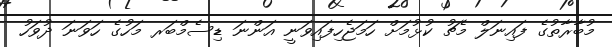
މުބާރާތުގެ ފައިނަލް މެޗު ކުޅުމަށް ހަމަޖެހިފައިވަނީ އަންނަ ޑިސެމްބަރ މަހުގެ ހަވަނަ ދުވަހު